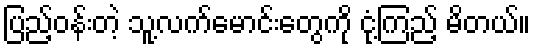
ပြည့်ဝန်းတဲ့ သူ့လက်မောင်းတွေကို ငုံ့ကြည့် မိတယ်။